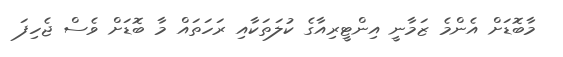
މާބޮޑަށް އެންމެ ޒަމާނީ އިންޓީރިއާގެ ކުލަތަކާއި ރަހަތައް މާ ބޮޑަށް ވެސް ޖެހިފަ